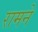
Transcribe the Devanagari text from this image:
रामने